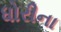
ધોરીના